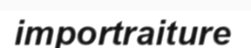
importraiture